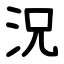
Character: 況